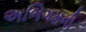
અભિગમની